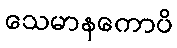
သေမာနကောပိ